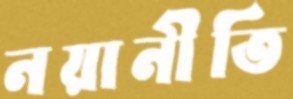
নয়ানীতি